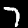
Label: 7